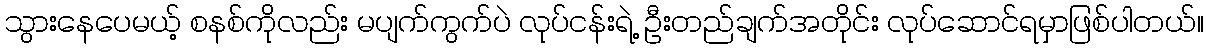
သွားနေပေမယ့် စနစ်ကိုလည်း မပျက်ကွက်ပဲ လုပ်ငန်းရဲ့ ဦးတည်ချက်အတိုင်း လုပ်ဆောင်ရမှာဖြစ်ပါတယ်။